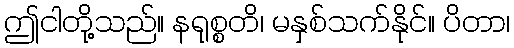
ဤငါတို့သည်။ နရုစ္စတိ၊ မနှစ်သက်နိုင်။ ပိတာ၊